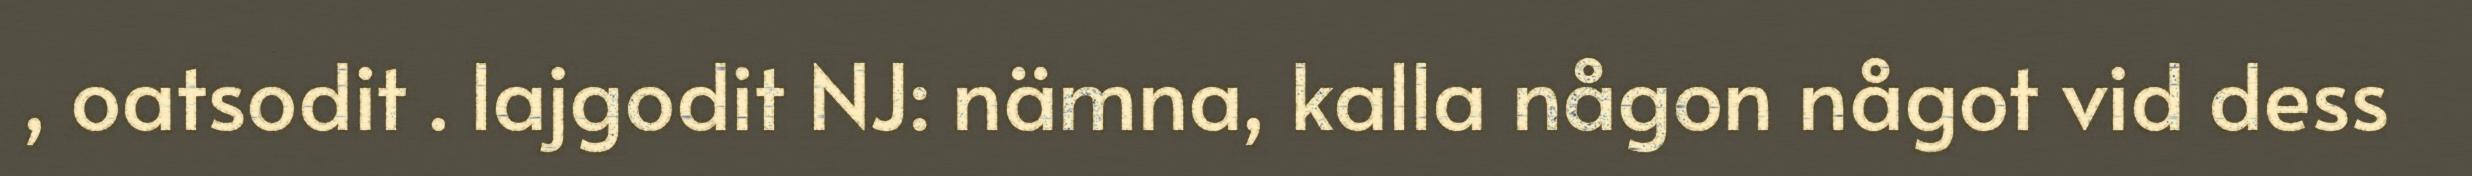
, oatsodit . lajgodit NJ: nämna, kalla någon något vid dess